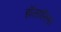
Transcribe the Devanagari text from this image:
हॉलवॉल्स